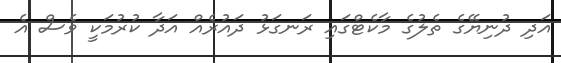
އަދި ދުނިޔޭގެ ތެލުގެ މާކެޓްގައި ރަނގަޅު ދައުރެއް އަދާ ކުރުމަކީ ވެސް އެ